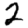
Digit: 2